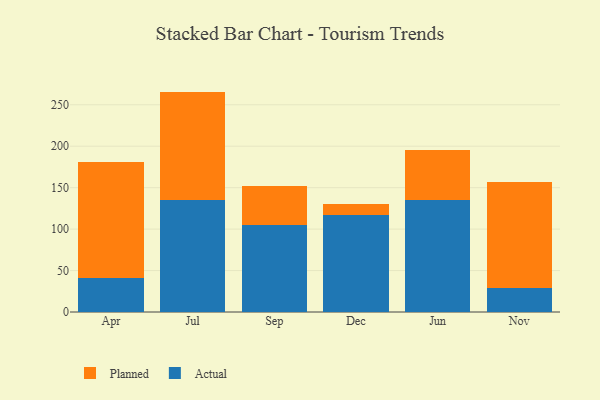
{"axis": {"x": "Month", "y": "Bounce Rate (%)"}, "legend": ["Actual", "Planned"], "data": [{"x": "Apr", "y": 41.5, "type": "Actual"}, {"x": "Apr", "y": 138.9, "type": "Planned"}, {"x": "Jul", "y": 134.8, "type": "Actual"}, {"x": "Jul", "y": 131.1, "type": "Planned"}, {"x": "Sep", "y": 104.7, "type": "Actual"}, {"x": "Sep", "y": 47.8, "type": "Planned"}, {"x": "Dec", "y": 117.2, "type": "Actual"}, {"x": "Dec", "y": 13.5, "type": "Planned"}, {"x": "Jun", "y": 135.5, "type": "Actual"}, {"x": "Jun", "y": 60.2, "type": "Planned"}, {"x": "Nov", "y": 29.3, "type": "Actual"}, {"x": "Nov", "y": 127.0, "type": "Planned"}]}